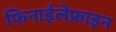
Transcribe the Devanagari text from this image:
फिनाईलेफ्राइन